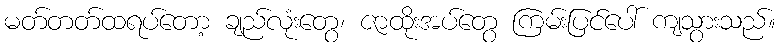
မတ်တတ်ထရပ်တော့ ချည်လုံးတွေ၊ ဇာထိုးအပ်တွေ ကြမ်းပြင်ပေါ် ကျသွားသည်။